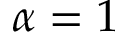
\alpha = 1